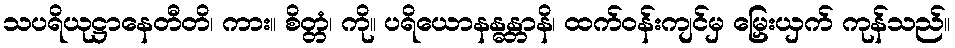
သပရိယုဋ္ဌာနေတီတိ၊ ကား။ စိတ္တံ၊ ကို။ ပရိယောနန္ဓန္တာနိ၊ ထက်ဝန်းကျင်မှ မြှေးယှက် ကုန်သည်။